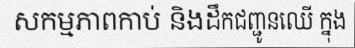
សកម្មភាពកាប់ និងដឹកជញ្ជូនឈើ ក្នុង